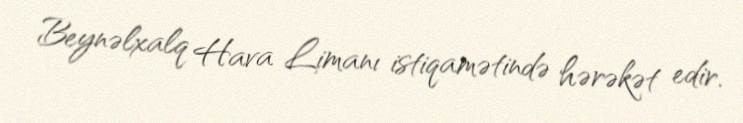
Beynəlxalq Hava Limanı istiqamətində hərəkət edir.